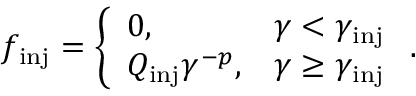
f _ { \mathrm { i n j } } = \left\{ \begin{array} { l l } { 0 , } & { \gamma < \gamma _ { \mathrm { i n j } } } \\ { Q _ { \mathrm { i n j } } \gamma ^ { - p } , } & { \gamma \geq \gamma _ { \mathrm { i n j } } } \end{array} \right. .